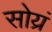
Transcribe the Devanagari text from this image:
सोय्रं